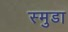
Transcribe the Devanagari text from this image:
स्मुडा